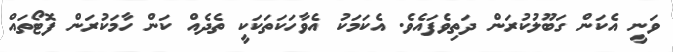
ވަނީ އެކަން ގަބޫލުކުރަން ދަތިވެފައެވެ. އެކަމަކު އެވާހަކަތަކަކީ ތެދެއް ކަން ހާމަކުރަން ފޮޓޯތައް